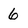
Character: 6